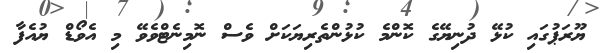
ޔޫރަޕުގައި ކުޅޭ ދުނިޔޭގެ ކޮންމެ ކުޅުންތެރިޔަކަށް ވެސް ނޮމިނެޓްވެވޭ މި އެވޯޑް ޔުއެފާ